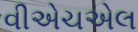
વીએચએલ